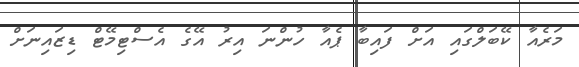
މަރެއާ ކޭބަލްގައި އަށް ފައިބާ ޕެއާ ހުންނަ އިރު އޭގެ އެސްޓިމޭޓް ޑިޒައިނަށް